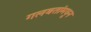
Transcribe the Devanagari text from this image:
गलबतांमधून